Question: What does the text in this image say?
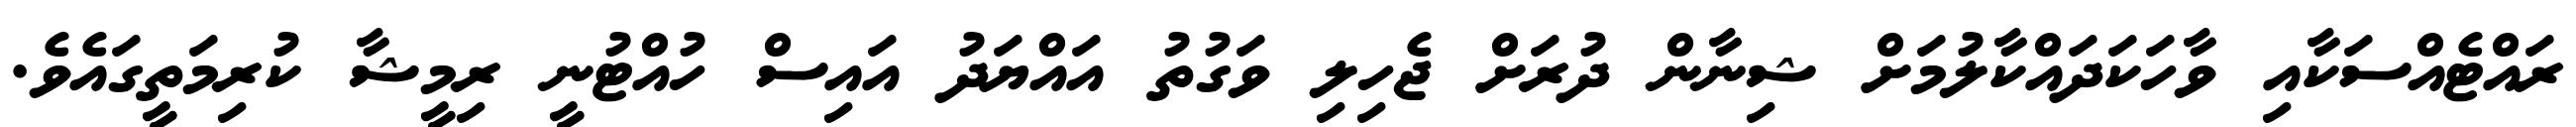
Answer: ރައްޓެއްސަކާއި ވާހަކަދައްކާލުމަށް ޝިނާން ދުރަށް ޖެހިލި ވަގުތު އައްޔަދު އައިސް ހުއްޓުނީ ރިމީޝާ ކުރިމަތީގައެވެ.